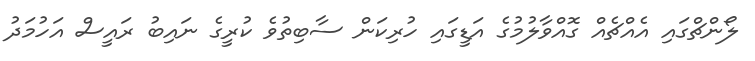
ލޯންޗްގައި އެއްޗެއް ގޮއްވާލުމުގެެ އަޑީގައި ހުރިކަން ސާބިތުވެ ކުރީގެ ނައިބު ރައީސް އަހުމަދު